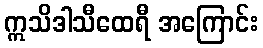
ဣသိဒါသီထေရီ အကြောင်း